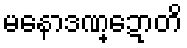
မနောဒဏ္ဍောတိ